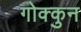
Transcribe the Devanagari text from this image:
गोक्कुन